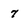
Character: 7